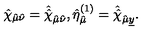
\hat { \chi } _ { \hat { \mu } \hat { \nu } } = \hat { \hat { \chi } } _ { \hat { \mu } \hat { \nu } } , \hat { \eta } _ { \hat { \mu } } ^ { ( 1 ) } = \hat { \hat { \chi } } _ { \hat { \mu } \underline { { y } } } .